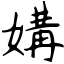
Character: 媾